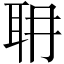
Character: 耼